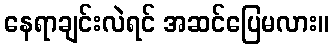
နေရာချင်းလဲရင် အဆင်ပြေမလား။